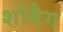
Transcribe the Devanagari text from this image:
शोबैग